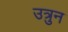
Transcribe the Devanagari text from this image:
उत्रुन